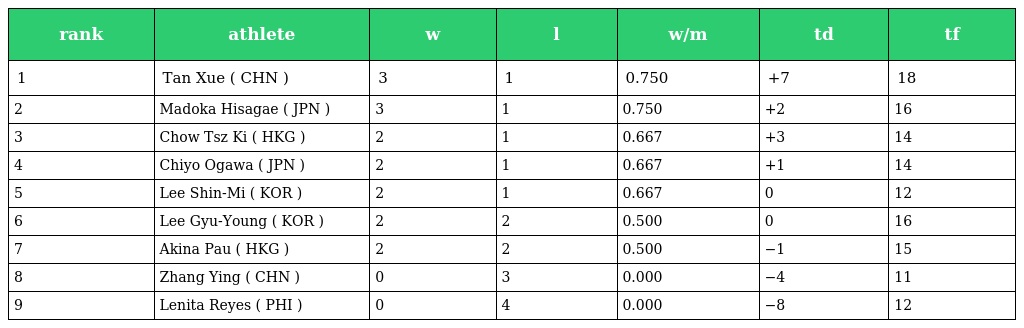
| rank | athlete | w | l | w/m | td | tf |
 | --- | --- | --- | --- | --- | --- | --- |
 | 1 | Tan Xue ( CHN ) | 3 | 1 | 0.750 | +7 | 18 |
 | 2 | Madoka Hisagae ( JPN ) | 3 | 1 | 0.750 | +2 | 16 |
 | 3 | Chow Tsz Ki ( HKG ) | 2 | 1 | 0.667 | +3 | 14 |
 | 4 | Chiyo Ogawa ( JPN ) | 2 | 1 | 0.667 | +1 | 14 |
 | 5 | Lee Shin-Mi ( KOR ) | 2 | 1 | 0.667 | 0 | 12 |
 | 6 | Lee Gyu-Young ( KOR ) | 2 | 2 | 0.500 | 0 | 16 |
 | 7 | Akina Pau ( HKG ) | 2 | 2 | 0.500 | −1 | 15 |
 | 8 | Zhang Ying ( CHN ) | 0 | 3 | 0.000 | −4 | 11 |
 | 9 | Lenita Reyes ( PHI ) | 0 | 4 | 0.000 | −8 | 12 |